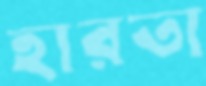
হারতা